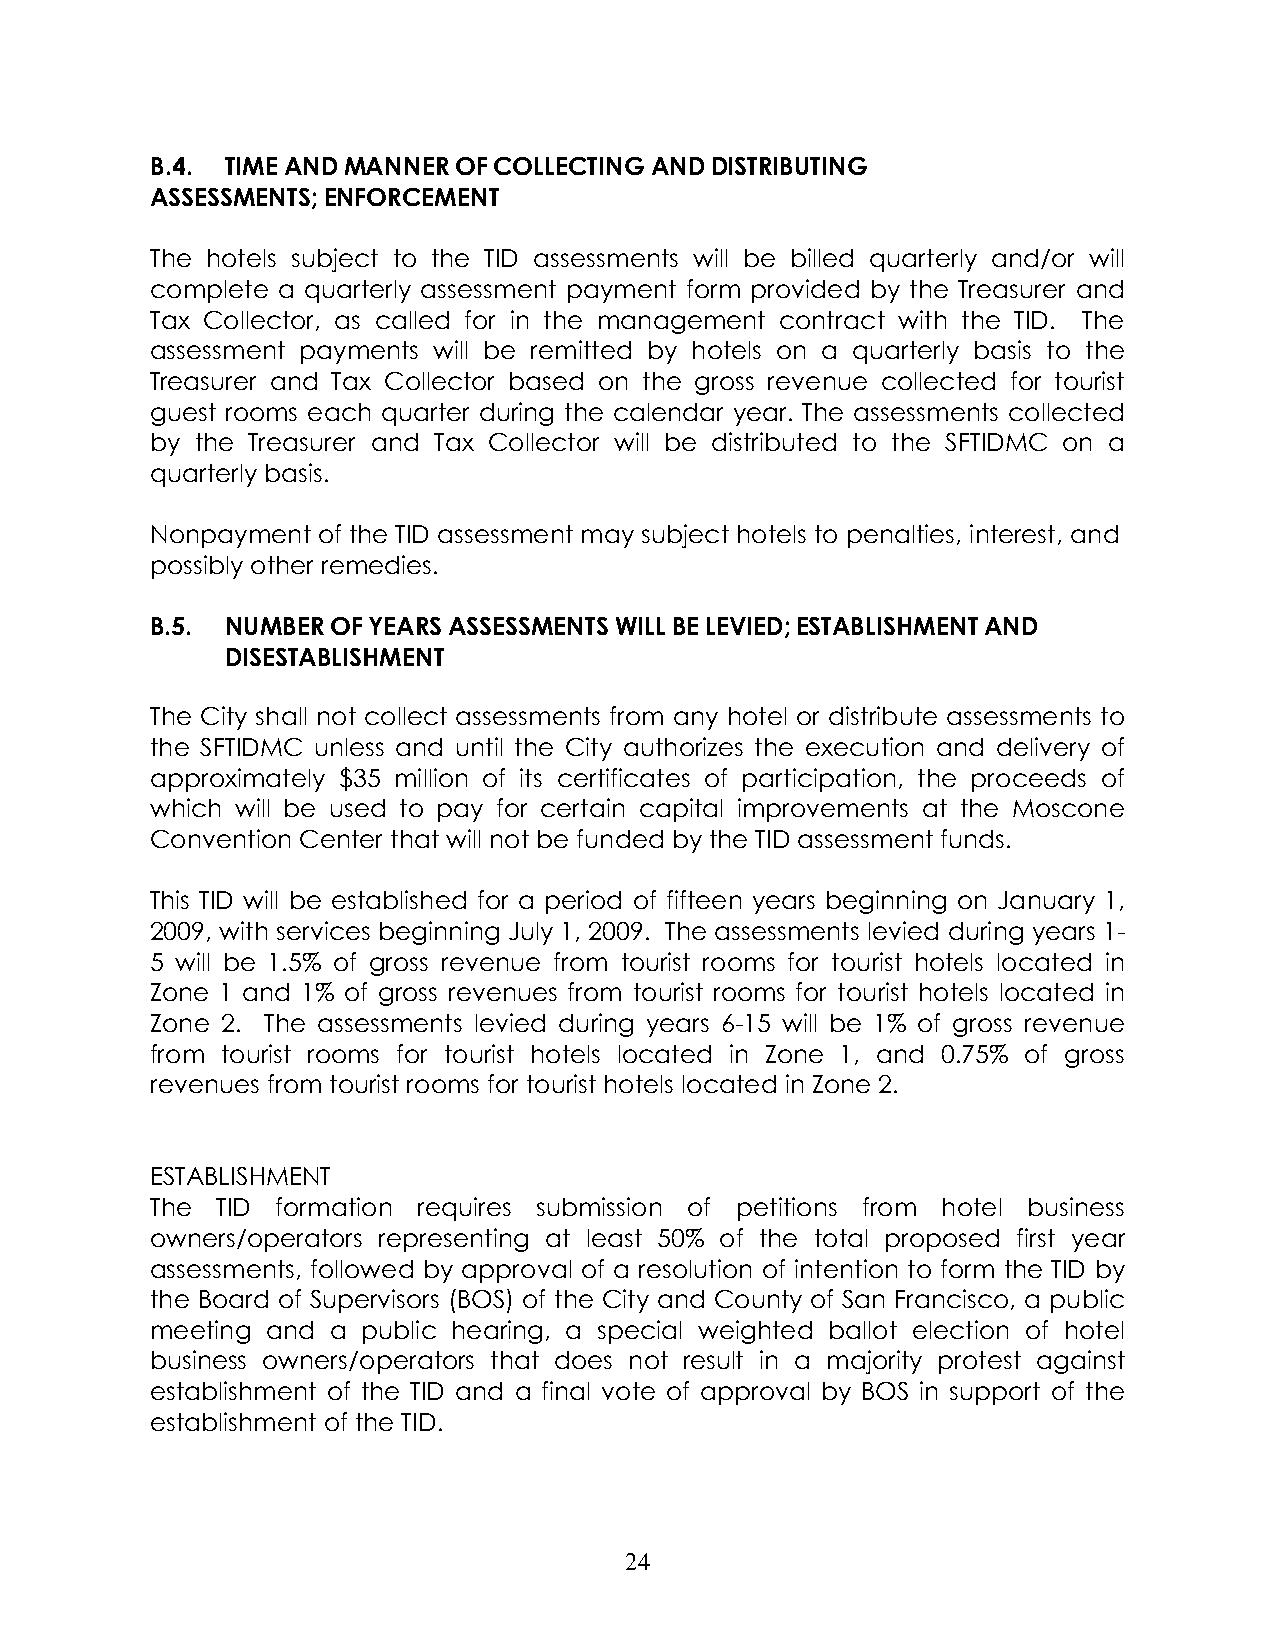
B.4. TIME AND MANNER OF COLLECTING AND DISTRIBUTING
 ASSESSMENTS; ENFORCEMENT
 The hotels subject to the TID assessments will be billed quarterly and/or will
 complete a quarterly assessment payment form provided by the Treasurer and
 Tax Collector, as called for in the management contract with the TID. The
 assessment payments will be remitted by hotels on a quarterly basis to the
 Treasurer and Tax Collector based on the gross revenue collected for tourist
 guest rooms each quarter during the calendar year. The assessments collected
 by the Treasurer and Tax Collector will be distributed to the SFTIDMC on a
 quarterly basis.
 Nonpayment of the TID assessment may subject hotels to penalties, interest, and
 possibly other remedies.
 B.5. NUMBER OF YEARS ASSESSMENTS WILL BE LEVIED; ESTABLISHMENT AND
 DISESTABLISHMENT
 The City shall not collect assessments from any hotel or distribute assessments to
 the SFTIDMC unless and until the City authorizes the execution and delivery of
 approximately $35 million of its certificates of participation, the proceeds of
 which will be used to pay for certain capital improvements at the Moscone
 Convention Center that will not be funded by the TID assessment funds.
 This TID will be established for a period of fifteen years beginning on January 1,
 2009, with services beginning July 1, 2009. The assessments levied during years 1-
 5 will be 1.5% of gross revenue from tourist rooms for tourist hotels located in
 Zone 1 and 1% of gross revenues from tourist rooms for tourist hotels located in
 Zone 2. The assessments levied during years 6-15 will be 1% of gross revenue
 from tourist rooms for tourist hotels located in Zone 1, and 0.75% of gross
 revenues from tourist rooms for tourist hotels located in Zone 2.
 ESTABLISHMENT
 The TID formation requires submission of petitions from hotel business
 owners/operators representing at least 50% of the total proposed first year
 assessments, followed by approval of a resolution of intention to form the TID by
 the Board of Supervisors (BOS) of the City and County of San Francisco, a public
 meeting and a public hearing, a special weighted ballot election of hotel
 business owners/operators that does not result in a majority protest against
 establishment of the TID and a final vote of approval by BOS in support of the
 establishment of the TID.
 24